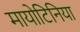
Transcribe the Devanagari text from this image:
मायोटिनिया